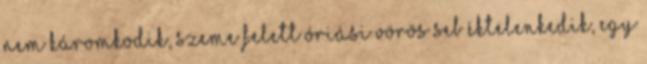
nem káromkodik, szeme felett óriási vörös seb éktelenkedik, egy